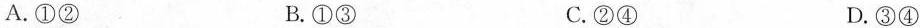
A.①② B.①③ C.②④ D.③④